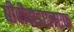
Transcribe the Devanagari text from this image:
बीवीवाइएलएफ